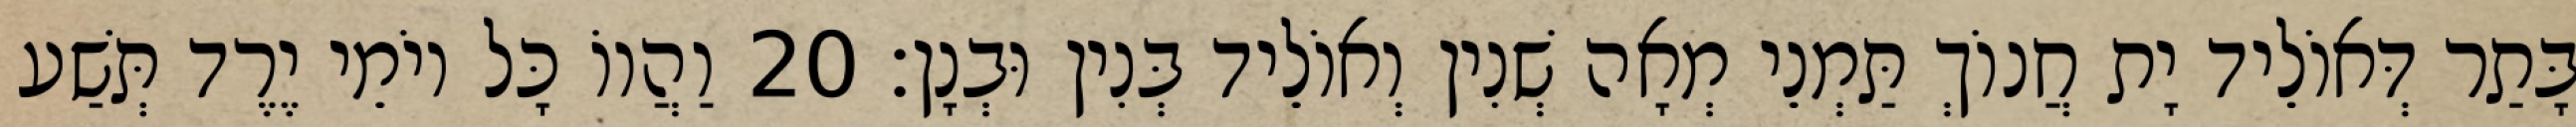
בָּתַר דְּאוֹלֵיד יָת חֲנוֹךְ תַּמְנֵי מְאָה שְׁנִין וְאוֹלֵיד בְּנִין וּבְנָן׃ 20 וַהֲווֹ כָּל יוֹמֵי יֶרֶד תְּשַׁע